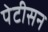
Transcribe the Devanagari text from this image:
पेटीसन